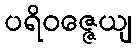
ပရိဝဇ္ဇေယျ